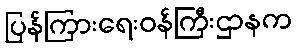
ပြန်ကြားရေးဝန်ကြီးဌာနက